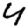
Digit: 4